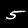
Digit: 5